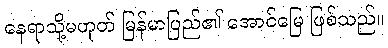
နေရာသို့မဟုတ် မြန်မာပြည်၏ အောင်မြေ ဖြစ်သည်။